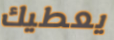
يعطيك